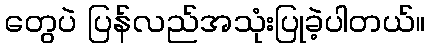
တွေပဲ ပြန်လည်အသုံးပြုခဲ့ပါတယ်။